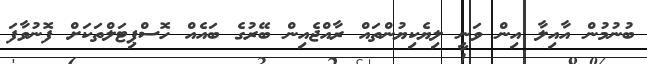
ބުނުމުން އާއިލާ އިން ވަނީ ލިޔެކިޔުންތައް ރާއްޖެއިން ބޭރުގެ ބައެއް ހޮސްޕިޓަލްތަކަށް ފޮނުވާފަ